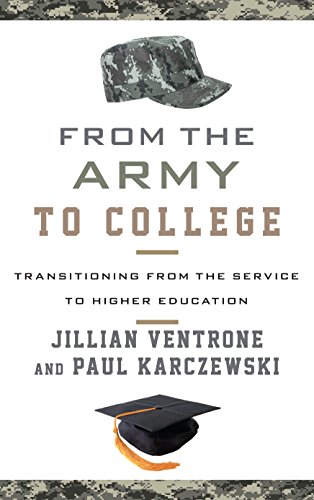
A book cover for From the Army to College: Transitioning from the Service to Higher Education; Jillian Ventrone; Business & Money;